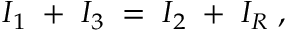
I _ { 1 } \; + \; I _ { 3 } \; = \; I _ { 2 } \; + \; I _ { R } \; ,